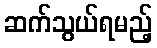
ဆက်သွယ်ရမည့်